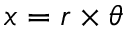
x = r \times \theta